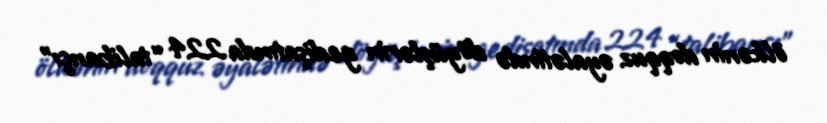
ölkənin doqquz əyalətində döyüşlərin gedişatında 224 “talibançı”